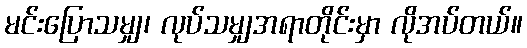
မင်းပြောသမျှ၊ လုပ်သမျှအရာတိုင်းမှာ လိုအပ်တယ်။